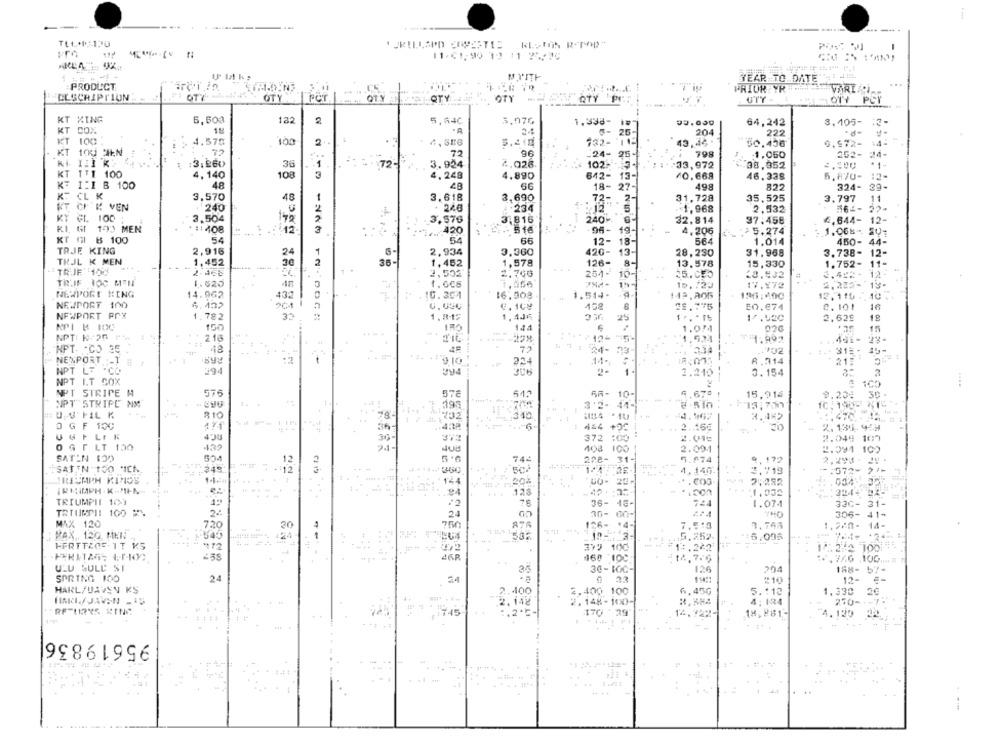
--.. .
-
11.01, 90 12 11 25/09
YEAR TO DATE".
PRODUCT
1
PRIOR YR
VARIA
DESCRIPTION
STY
OTY
PCT
QTY
OTY
UTY
OTY PCI
KT XING
132
2
5,603
5,640
1,338- 1 **
64,242
8.105-
KT COX
18
.A
0- 25-
204
222
KT 100
4.570
100
2
43.44.
14:
$0.456
0.972-
72
72
96
.24- 25-
798
1.060
252-
24-
3,260
36
1
72-
3.924
2.026
102-1- 5-
33,972
38,352
*1-
2,100
KT TTI 100
4. 140
108
3
4,248
4.890
642- 13-
10.668
46.338
5.870- 12-
KT
1:1 B 100
48
18- 27-
498
822
324- 39-
K. CL K
3.570
48
1
3.618
3.690
31.728
35,525
3.797
11
KT CF K VEN
240
:234
73-
.< 1,968
2,532
764- 22-
145
KT GL 100
3,504
3.576
3.816
240
32.814
37:458
£.644- 12-
KI GI 100 MEN
:: 408
420
94- 19-
4.206
15.274
1.068
SU-
KT 01 B 100
54
54
66
12-
18-
564
1.014
450-
44-
TRJE KING
2,916
6-
2,934
3,360
420- 13-
28,230
31.968
3.738-
12-
24
TRJL K MEN
1,452
36
1,452
1,578
126-
13.578
15,330
1.752-
11-
TRJF :100
2.465
2.502
254-
10-
35.050
20,532
#
TIL.IF ROC MENY
1.520
1.008
1.856
2.212- 13-
15. 720
NEWPORT HING
14.962
432
10.304
16.508
1.544-
126:400
12. 115 ..
10
NEWPORT 100
6.432
458
E0.074
2.101
16
NEWPORT POX
1.782
1.812
1.4J6
25
2,629
18
NPI & 100
150
IRO
144
15
NPT: 1-25 PM
216
1,524
74.992
1. - 31 - 45-
NPT. CO 35 .
24- 33-
NEXPORT -1 #
:2
224
14-
R.314
NPT LT .CO
294
294
1.
2.210
3.154
NPT I.T. COX
: 100
NPT STRIPE M
576
57€
66- 10-
4.670 !
15.916
9.20: 30 .
--
NPT STRIPC NM
193
3'2- 41-
F13, 70
U.U'FL K
...
R10
4.467
3.4%2
0 G F 100
471
2.15g
2. 130 944
UGFLIK
372
372 :00
2.01€
2.048 109
132
OG 5 LT 100
408 100
2.004
2.091 10)
SATIN 120
12
5.6
742
ane- 31-
5.674
9, 172
2.293 - IV -
+12
:572- 21
SATIN 150 IN
4.146
3.719
144
20%
GO- 25-
2:282
24
128
1.050
TRIUMPIL 10)
22
36- 43-
724
1.074
320- 31-
TRIUMPH! 100
36- 00-
306-
41-
MAX 120
30
126- * 4-
7.513
14-
MAX .. 120. MEN
46
.5.252
HERTTZOE.IT KS
379 100
1 .242
1 .230 100
238
160 100
14.7.6
ULU SULL ST
35
30- 1OG-
204
SPRING 100
24
12-
#10
HARL/UAVSN KS
2.400
2.400 100
6.450
5 .: 12
1.330
2.142
2.148-100-
4: 124
270 --
:45
1.2*5-
170 29
14.722-
18, 261 .-
.139
44
95619836